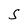
Character: S